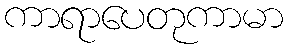
ကာရာပေတုကာမာ